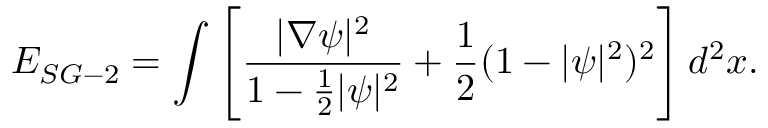
E _ { S G - 2 } = \int \left[ \frac { | \nabla \psi | ^ { 2 } } { 1 - \frac { 1 } { 2 } | \psi | ^ { 2 } } + \frac { 1 } { 2 } ( 1 - | \psi | ^ { 2 } ) ^ { 2 } \right] { d ^ { 2 } x } .